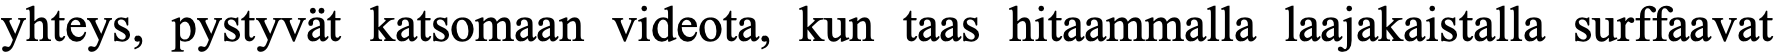
yhteys, pystyvät katsomaan videota, kun taas hitaammalla laajakaistalla surffaavat